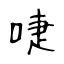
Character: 啑